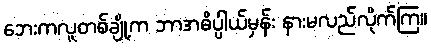
ဘေးကလူတစ်ချို့က ဘာအဓိပ္ပါယ်မှန်း နားမလည်လိုက်ကြ။